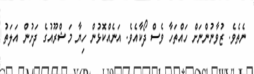
ނެތެވެ. ޒުވާނުންނަށް ހައްތަހާ ވެސް ދޯކާއެވެ. އަނެއްކޮޅުން ހިޔާ މަޝްރޫއުގެ ދަށުން އަލަތު